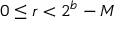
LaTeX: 0 \leq r < 2 ^ { b } - M